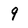
Character: 9